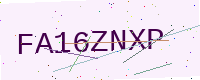
Text: FA16ZNXP